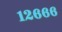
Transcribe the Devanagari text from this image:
१२६६६